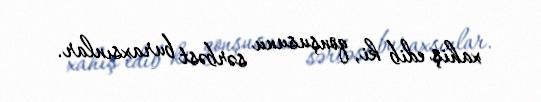
xahiş edib ki, qonşusunu sərbəst buraxsınlar.